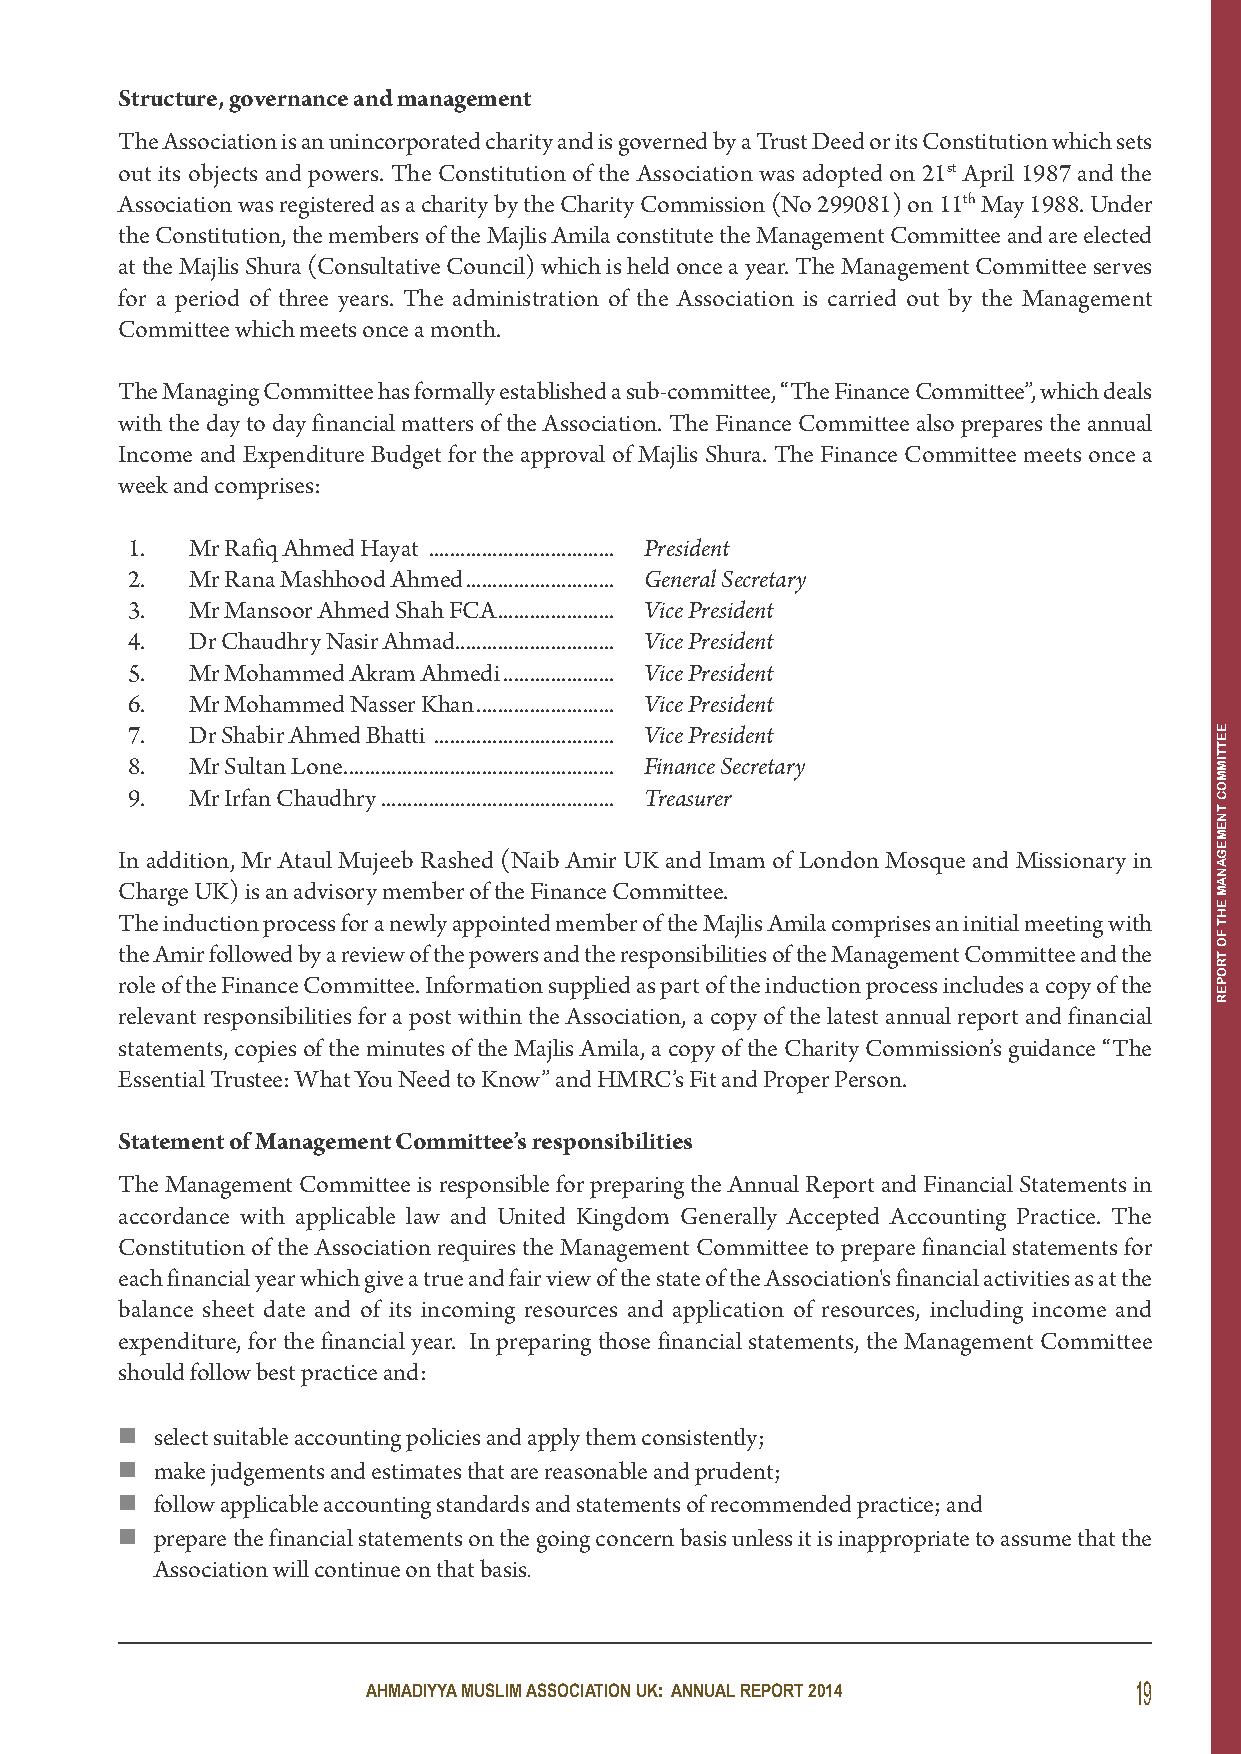
structure, governance and management
 The Association is an unincorporated charity and is governed by a Trust Deed or its Constitution which sets
 out its objects and powers. The Constitution of the Association was adopted on 21st April 1987 and the
 Association was registered as a charity by the Charity Commission (No 299081) on 11thMay 1988. Under
 the Constitution, the members of the Majlis Amila constitute the Management Committee and are elected
 at the Majlis Shura (Consultative Council) which is held once a year. The Management Committee serves
 for a period of three years. The administration of the Association is carried out by the Management
 Committee which meets once a month.
 The Managing Committee has formally established a sub-committee, “The Finance Committee”, which deals
 with the day to day financial matters of the Association. The Finance Committee also prepares the annual
 Income and Expenditure Budget for the approval of Majlis Shura. The Finance Committee meets once a
 week and comprises:
 1.   Mr Rafiq Ahmed Hayat ................................... President
 2.   Mr Rana Mashhood Ahmed............................ General Secretary
 3.   Mr Mansoor Ahmed Shah FCA...................... Vice President
 4.   Dr Chaudhry Nasir Ahmad.............................. Vice President
 5.   Mr Mohammed Akram Ahmedi..................... Vice President
 6.   Mr Mohammed Nasser Khan.......................... Vice President
 7.   Dr Shabir Ahmed Bhatti .................................. Vice President
 8.   Mr Sultan Lone................................................... Finance Secretary
 9.   Mr Irfan Chaudhry............................................ Treasurer
 In addition, Mr Ataul Mujeeb Rashed (Naib Amir UK and Imam of London Mosque and Missionary in
 Charge UK) is an advisory member of the Finance Committee.
 The induction process for a newly appointed member of the Majlis Amila comprises an initial meeting with
 the Amir followed by a review of the powers and the responsibilities of the Management Committee and the
 role of the Finance Committee. Information supplied as part of the induction process includes a copy of the
 relevant responsibilities for a post within the Association, a copy of the latest annual report and financial
 statements, copies of the minutes of the Majlis Amila, a copy of the Charity Commission’s guidance “The
 Essential Trustee: What You Need to Know” and HMRC’s Fit and Proper Person.
 statement of Management Committee’s responsibilities
 The Management Committee is responsible for preparing the Annual Report and Financial Statements in
 accordance with applicable law and United Kingdom Generally Accepted Accounting Practice. The
 Constitution of the Association requires the Management Committee to prepare financial statements for
 each financial year which give a true and fair view of the state of the Association's financial activities as at the
 balance sheet date and of its incoming resources and application of resources, including income and
 expenditure, for the financial year. In preparing those financial statements, the Management Committee
 should follow best practice and:
  select suitable accounting policies and apply them consistently;
  make judgements and estimates that are reasonable and prudent;
  follow applicable accounting standards and statements of recommended practice; and
  prepare the financial statements on the going concern basis unless it is inappropriate to assume that the
 Association will continue on that basis.
 AHMADIYYA MUSLIM ASSOCIATION UK: ANNUAL REPORT 2014 19
 EETTIMMOC
 TNEMEGANAM
 EHT
 FO
 TROPER